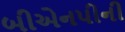
બીએનપીની